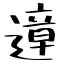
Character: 遧